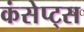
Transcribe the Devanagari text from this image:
कंसेप्ट्स